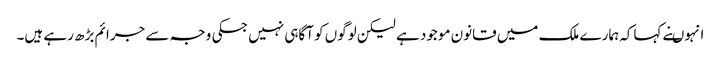
انہوںنے کہاکہ ہمارے ملک میں قانون موجود ہے لیکن لوگوں کو آگاہی نہیں جسکی وجہ سے جرائم بڑھ رہے ہیں۔